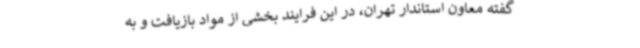
گفته معاون استاندار تهران، در این فرایند بخشی از مواد بازیافت و به